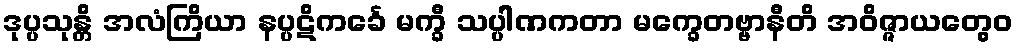
ဒုပ္ပသုန္တိ အလံကြိယာ နပ္ပဋိကင်္ခေ မက္ခီ သပ္ပါဏကတာ မက္ခေတဗ္ဗာနီတိ အဝိဇ္ဇာယတွေဝ